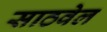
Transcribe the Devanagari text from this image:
साठवेल